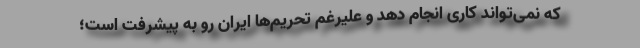
که نمی‌تواند کاری انجام دهد و علیرغم تحریم‌ها ایران رو به پیشرفت است؛